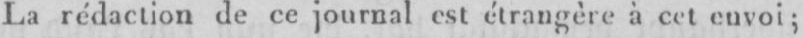
La rédaction de ce journal est étrangère à cet envoi;